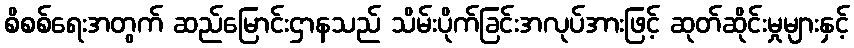
စိစစ်ရေးအတွက် ဆည်မြောင်းဌာနသည် သိမ်းပိုက်ခြင်းအလုပ်အားဖြင့် ဆုတ်ဆိုင်းမှုများနှင့်